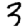
Digit: 3